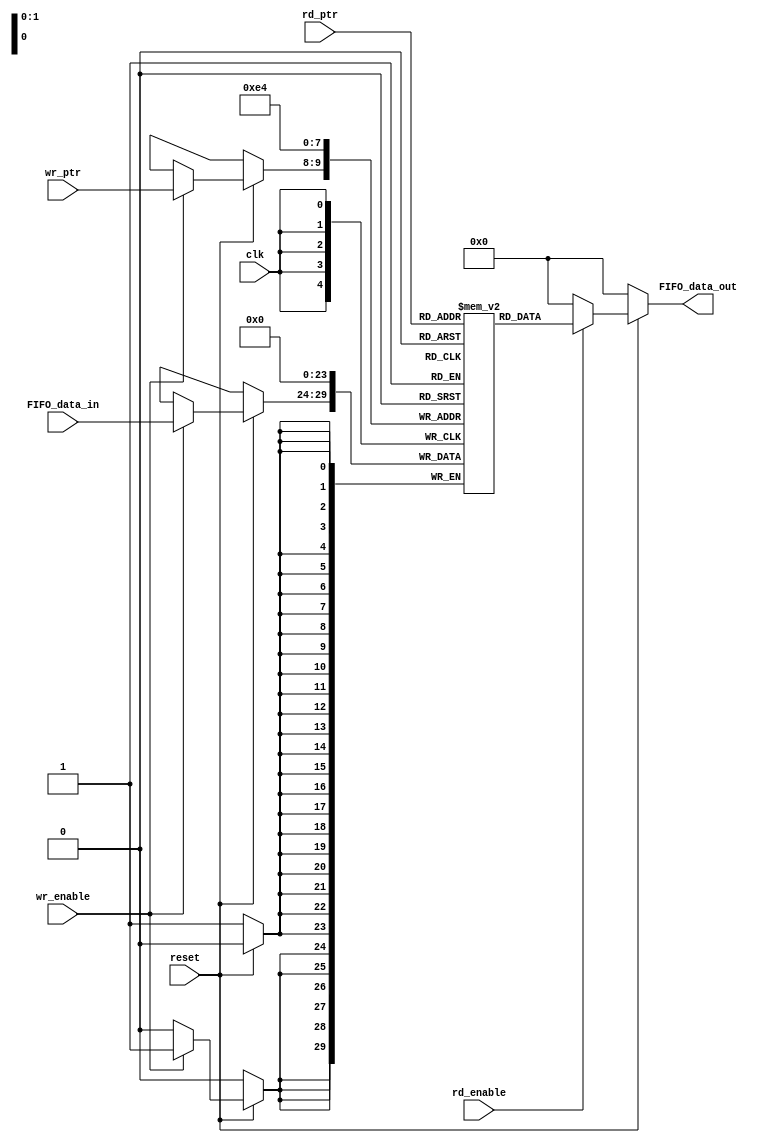
module memoria#(parameter data_width = 6,
				parameter address_width = 2)
				(input [data_width-1:0] FIFO_data_in,
				input clk, reset, wr_enable, rd_enable,
				input [address_width-1:0] wr_ptr, rd_ptr,
				output reg [data_width-1:0] FIFO_data_out);

	reg [data_width-1:0] mem [2**address_width-1:0];
	reg [data_width-1:0] data_reg;

	integer i;

	always@(posedge clk) begin
		if (~reset) begin
			for(i = 0; i<2**address_width; i=i+1) begin
				mem[i] <= 0;
			end
		end
		else begin
			if (wr_enable) begin
				mem[wr_ptr] <= FIFO_data_in;
			end
			// if (rd_enable) begin
			// 	FIFO_data_out[data_width-1:0] <= mem[rd_ptr];
			// end
		end
	end

	always@ (*) begin
		FIFO_data_out = 0;
		if (~reset) begin
			FIFO_data_out = 0;
		end
		else if (rd_enable) begin
			FIFO_data_out[data_width-1:0] = mem[rd_ptr];
		end
	end

endmodule